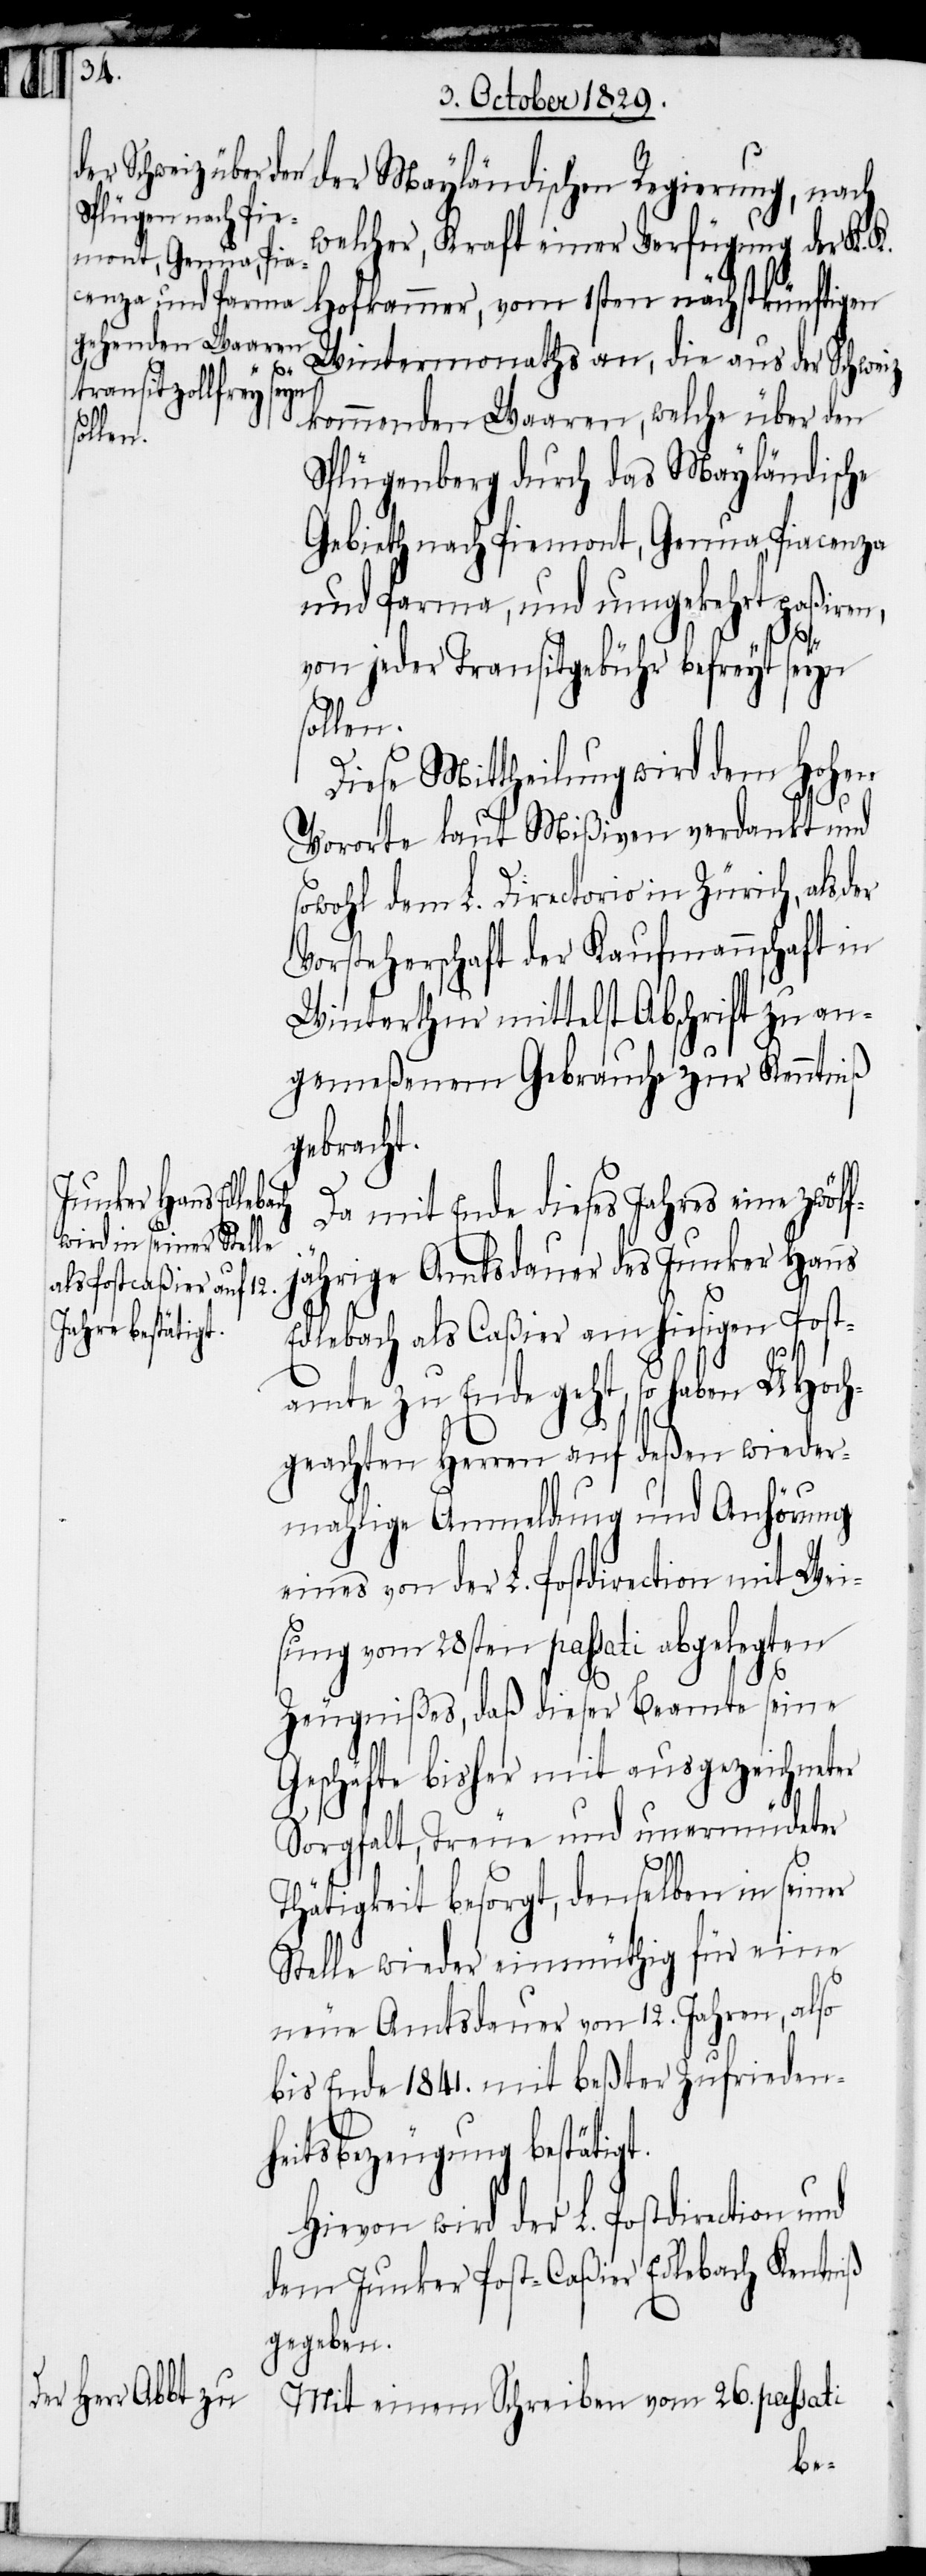
der Mayländischen Regierung, nach
welcher, Kraft einer Verfügung der K. K.
Wintermonaths an, die aus der Schweiz
kommenden Waaren, welche über den
Splügenberg durch das Mayländische
Gebieth nach Piemont, Genua, Piacenza
und Parma, und umgekehrt paßiren,
der
von jeder Transitgebühr befreyt seyn
sollen.
Diese Mittheilung wird dem Hohen
iß
Vororte laut Mißiven verdankt und
sowohl dem L. Directorio in Zürich, als
Vorsteherschaft der Kaufmannschaft in
Winterthur mittelst Abschrift zu an¬
gemeßenem Gebrauche zur Kenntniß
gebracht.
Da mit Ende dieses Jahres eine zwölf¬
jährige Amtsdauer des Junker Hans
Edlebach als Caßier am hiesigen Post¬
amte zu Ende geht, so haben UHoch¬
geachten Herren auf deßen wieder¬
mahlige Anmeldung und Anhörung
eines von der L. Postdirection mit Wei¬
sung vom 28sten passati abgelegten
Zeugnißes, daß dieser Beamte seine
Geschäfte bisher mit ausgezeichneter
Sorgfalt, Treue und unermüdeter
Thätigkeit besorgt, denselben in seiner
Stelle wieder einmüthig für eine
neue Amtsdauer von 12. Jahren, also
bis Ende 1841. mit beßter Zufrieden¬
heitsbezeugung bestätigt.
Hievon wird der L. Postdirection
dem Junker Post-Caßier Edlebach Kenntn¬
gegeben.
Mit einem Schreiben vom 26. passati